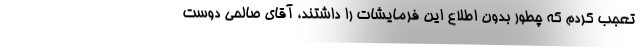
تعجب کردم که چطور بدون اطلاع این فرمایشات را داشتند، آقای صالحی دوست